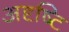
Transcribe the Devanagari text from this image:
अदृष्टि